Indian Civil Veterinary Department memoirs
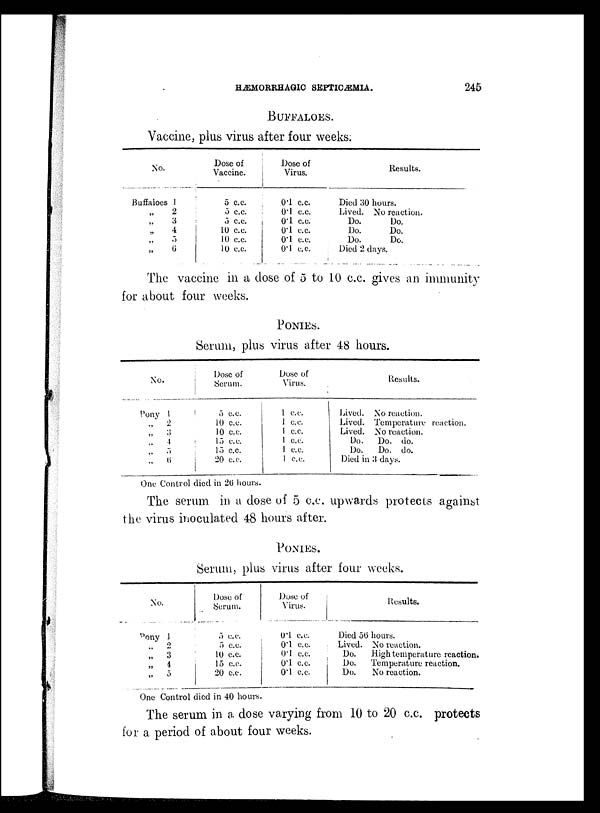
HÆMORRHAGIC SEPTICÆMIA.
245
BUFFALOES.
Vaccine, plus virus after four weeks.
No.
Buffaloes 1
„ 2
„ 3
„ 4
„
5
„ 6
Dose of
Vaccine.
5 c.c.
5 c.c.
5 c.c.
10 c.c.
10 c.c.
10 c.c.
J)ose of
Virus.
0.1 c.c.
0.1 c.c.
0.1 c.c.
0.1 c.c.
0.1 c.c.
0.1 c.c.
Results.
Died 30 hours.
Lived. No reaction.
Do.
Do.
Do.
Do.
Do.
Do.
Died 2 days.
The vaccine in a dose of 5 to 10 c.c. gives an immunity
for about four weeks.
PONIES
Serum, plus virus after 48 hours.
No.
Pony 1
„
2
„
3
„
4
„ 5
„ 6
Dose of
Serum.
5 c.c.
10 c.c.
10 c.c.
15 c.c.
15 c.c.
20 c.c.
Dose of
Virus.
1 c.c.
1 c.c.
1 c.c.
1 c.c.
1 c.c.
I c.c.
Results.
Lived. No reaction.
Lived. Temperature reaction.
Lived. No reaction.
Do.
Do. do.
Do.
Do. do.
Died in 3 days.
One Control died in 26 hours.
The serum in a dose of 5 c.c. upwards protects against
the virus inoculated 48 hours after.
PONIES
Serum, plus virus after four weeks.
No.
Pony 1
„ 2
„ 3
„ 4
„
5
Dose of
Serum.
5 c.c.
5 c.c.
10 c.c.
15 c.c.
20 c.c.
Dose of
Virus.
0.1 c.c.
0.1 c.c.
0.1 c.c.
01 c.c.
0.1 c.c
Results.
Died 56 hours.
Lived. No reaction.
Do.
High temperature reaction.
Do.
Temperature reaction.
Do.
No reaction.
One Control died in 40 hours.
The serum in a, dose varying from 10 to 20 c.c. protects
for a period of about four weeks.